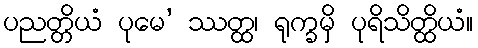
ပညတ္တိယံ ပုမေ’ ဿတ္ထ၊ ရုက္ခမှိ ပုရိသိတ္ထိယံ။